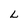
Character: L